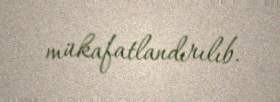
mükafatlandırılıb.